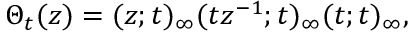
\Theta _ { t } ( z ) = ( z ; t ) _ { \infty } ( t z ^ { - 1 } ; t ) _ { \infty } ( t ; t ) _ { \infty } ,